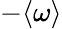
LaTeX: -\langle\omega\rangle